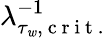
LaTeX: \lambda_{\tau_{\mathit{w}},\mathrm{{~c~r~i~t~.~}}}^{-1}